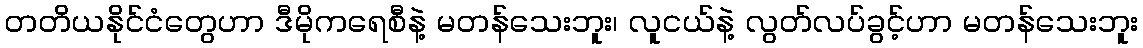
တတိယနိုင်ငံတွေဟာ ဒီမိုကရေစီနဲ့ မတန်သေးဘူး၊ လူငယ်နဲ့ လွတ်လပ်ခွင့်ဟာ မတန်သေးဘူး